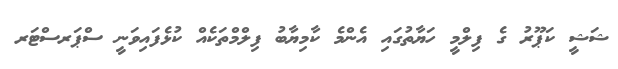
ޝަޝީ ކަޕޫރު ގެ ފިލްމީ ހަޔާތުގައި އެންމެ ކާމިޔާބު ފިލްމްތަކެއް ކުޅެފައިވަނީ ސްޕަރސްޓަރ